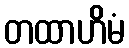
တထာဟိမံ